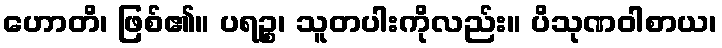
ဟောတိ၊ ဖြစ်၏။ ပရဉ္စ၊ သူတပါးကိုလည်း။ ပိသုဏဝါစာယ၊